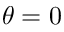
\theta = 0